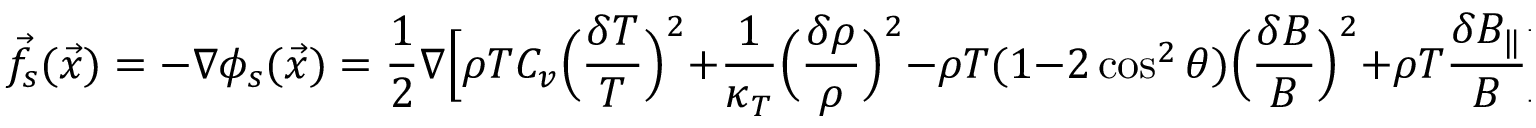
\vec { f } _ { s } ( \vec { x } ) = - \nabla \phi _ { s } ( \vec { x } ) = \frac { 1 } { 2 } \nabla \Big [ \rho T C _ { v } \Big ( \frac { \delta T } { T } \Big ) ^ { 2 } + \frac { 1 } { \kappa _ { T } } \Big ( \frac { \delta \rho } { \rho } \Big ) ^ { 2 } - \rho T ( 1 - 2 \cos ^ { 2 } \theta ) \Big ( \frac { \delta B } { B } \Big ) ^ { 2 } + \rho T \frac { \delta B _ { \| } } { B } \Big ]